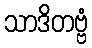
သာဒိတဗ္ဗံ